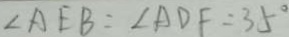
\angle A E B = \angle A D F = 3 5 ^ { \circ }